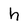
Character: h